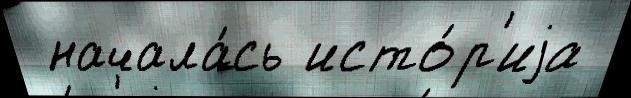
 начала́сь исто́р'иjа